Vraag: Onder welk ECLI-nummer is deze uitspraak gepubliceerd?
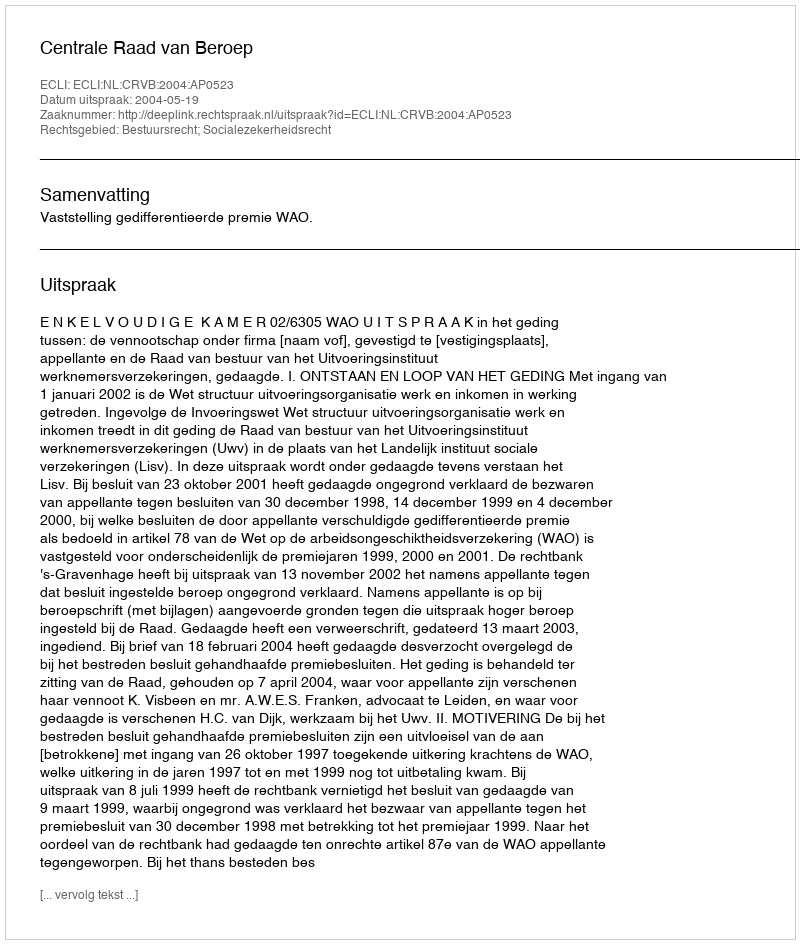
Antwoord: ECLI:NL:CRVB:2004:AP0523